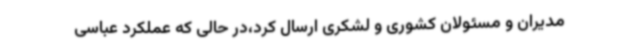
مدیران و مسئولان کشوری و لشکری ارسال کرد،در حالی که عملکرد عباسی